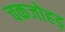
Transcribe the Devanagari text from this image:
चकजोहड़